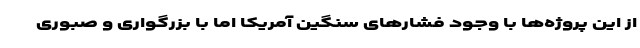
از این پروژه‌ها با وجود فشارهای سنگین آمریکا اما با بزرگواری و صبوری